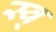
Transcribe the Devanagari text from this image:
स्व्